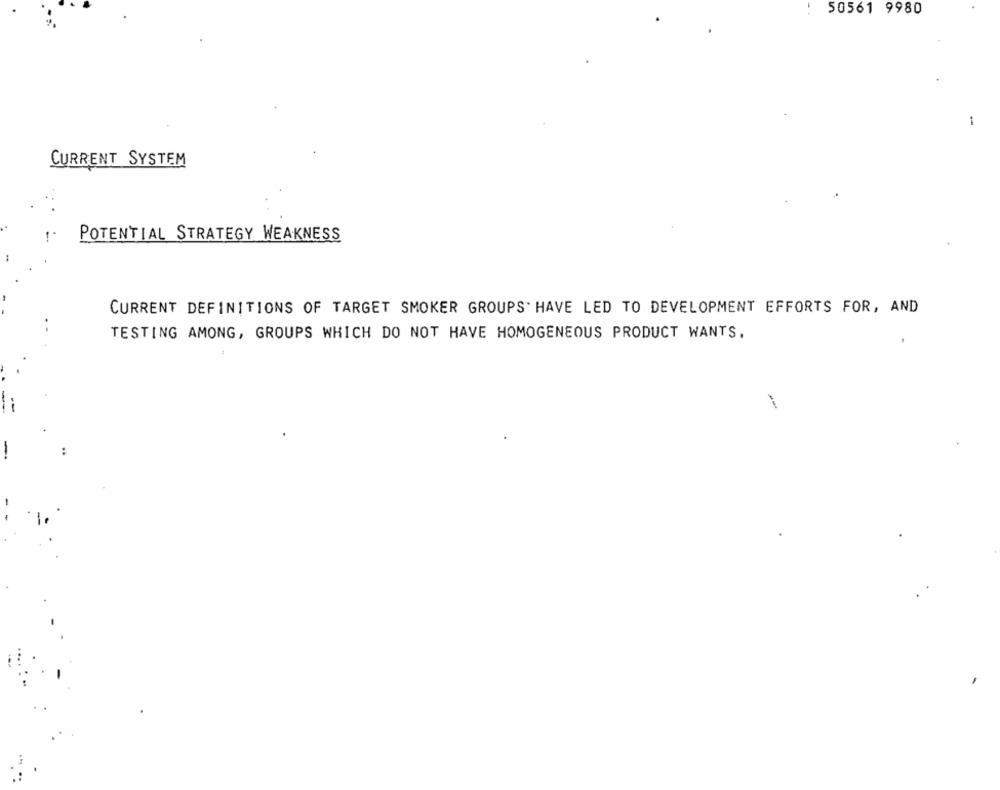
50561 9980
1
CURRENT SYSTEM
POTENTIAL STRATEGY WEAKNESS
CURRENT DEFINITIONS OF TARGET SMOKER GROUPS. HAVE LED TO DEVELOPMENT EFFORTS FOR, AND
TESTING AMONG, GROUPS WHICH DO NOT HAVE HOMOGENEOUS PRODUCT WANTS.
-